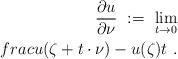
LaTeX: \begin{align*}\frac{\partial u}{\partial \nu}\ :=\ \lim_{t\to 0}\\frac{u(\zeta+t\cdot\nu)-u(\zeta)}{t}\ .\end{align*}